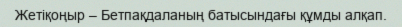
Жетіқоңыр – Бетпақдаланың батысындағы құмды алқап.